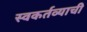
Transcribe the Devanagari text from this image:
स्वकर्तव्याची